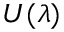
U ( \lambda )